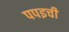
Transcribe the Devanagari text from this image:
पपइची